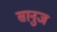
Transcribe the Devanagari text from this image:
सानुज